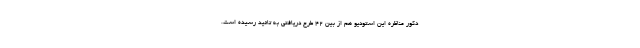
دکور مناظره این استودیو هم از بین ۴۲ طرح دریافتی به تائید رسیده است.